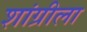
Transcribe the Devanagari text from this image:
शांग्रीला